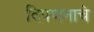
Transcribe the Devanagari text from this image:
विपणनाचे